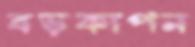
বড়কাপন